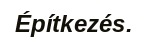
Építkezés.